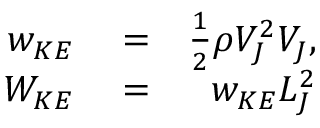
\begin{array} { r l r } { w _ { K E } } & { { } = } & { \frac { 1 } { 2 } \rho V _ { J } ^ { 2 } V _ { J } , } \\ { W _ { K E } } & { { } = } & { w _ { K E } L _ { J } ^ { 2 } } \end{array}